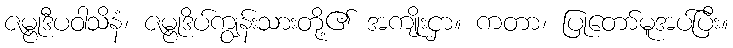
ဇမ္ဗုဒီပဝါသိနံ၊ ဇမ္ဗုဒိပ်ကျွန်းသားတို့၏ အကျိုးငှာ။ ကတာ၊ ပြုတော်မူအပ်ပြီး။